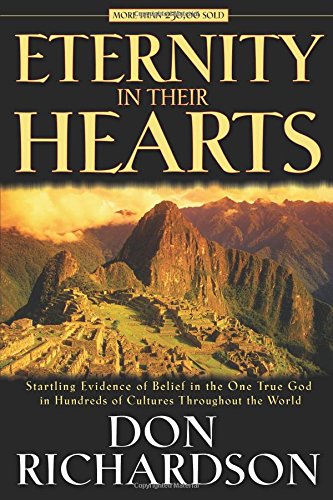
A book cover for Eternity in Their Hearts; Don Richardson; Christian Books & Bibles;